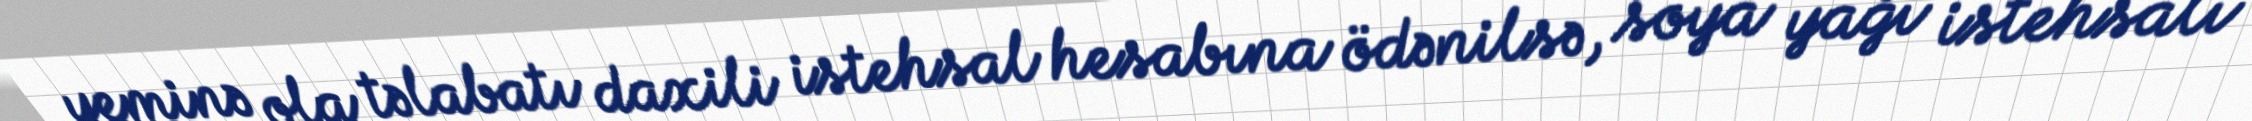
yeminə ola təlabatı daxili istehsal hesabına ödənilsə, soya yağı istehsalı